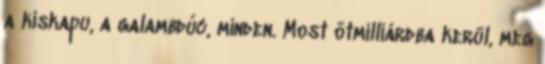
a kiskapu, a galambdúc, minden. Most ötmilliárdba kerül, meg